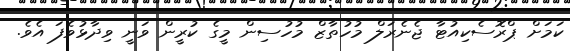
ކަމަށް ޕްރޮސެކިއުޓާ ޖެނެރަލް މުހުތާޒް މުހުސިން މީގެ ކުރީން ވަނީ ވިދާޅުވެފަ އެވެ.